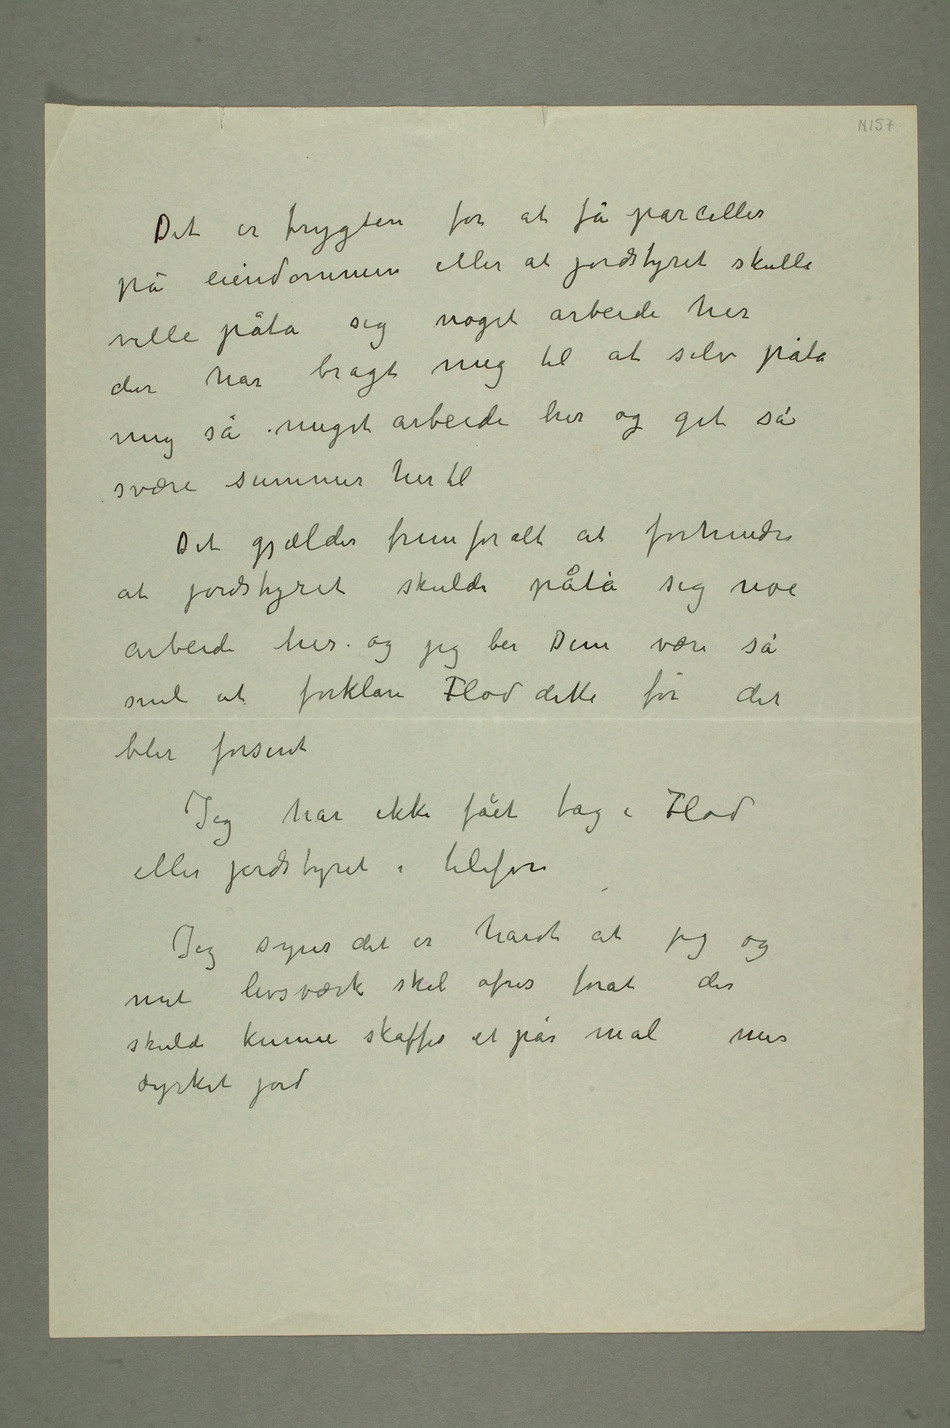
Det er frygten for at få parceller på
eiendommen eller at jordstyret skulle
ville påta sig noget arbeide her
der har bragt mig
mig så meget arbeide her og git så
svære summer hertil
Det gjælder fremfor alt at forhindre
at jordstyret skulde påta sig noe
arbeide her og jeg ber Dem være så
snil at forklare Flod dette før det
blir forsent
Jeg har ikke fået tag i Flod
eller jordstyret i telefon
Jeg synes det er hardt at jeg og
mit livsværk skal ofres forat der
skulde kunne skaffes et par mål mer
dyrket jord